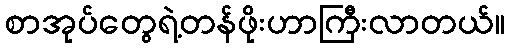
စာအုပ်တွေရဲ့တန်ဖိုးဟာကြီးလာတယ်။